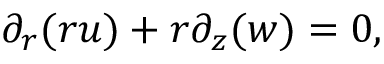
{ \partial _ { r } ( { r u } ) } + r { \partial _ { z } ( { w } ) } = 0 ,